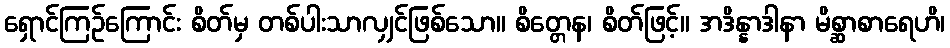
ရှောင်ကြဉ်ကြောင်း စိတ်မှ တစ်ပါးသာလျှင်ဖြစ်သော။ စိတ္တေန၊ စိတ်ဖြင့်။ အဒိန္နာဒါနာ မိစ္ဆာစာရေဟိ၊